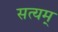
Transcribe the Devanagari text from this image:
सत्‍यम्